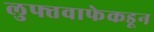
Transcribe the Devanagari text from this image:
लुफ्तवाफेकडून